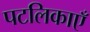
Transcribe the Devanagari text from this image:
पटलिकाएँ